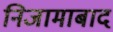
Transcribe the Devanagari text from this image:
निजामाबाद